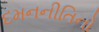
દમનનીતિનો